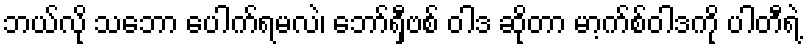
ဘယ်လို သဘော ပေါက်ရမလဲ၊ ဘော်ရှီဗစ် ဝါဒ ဆိုတာ မာ့က်စ်ဝါဒကို ပါတီရဲ့